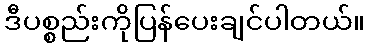
ဒီပစ္စည်းကိုပြန်ပေးချင်ပါတယ်။